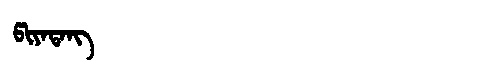
Manchu: ᡦᡳᠶᠠᡨᠠᠩ
Romanization: PIYATANG